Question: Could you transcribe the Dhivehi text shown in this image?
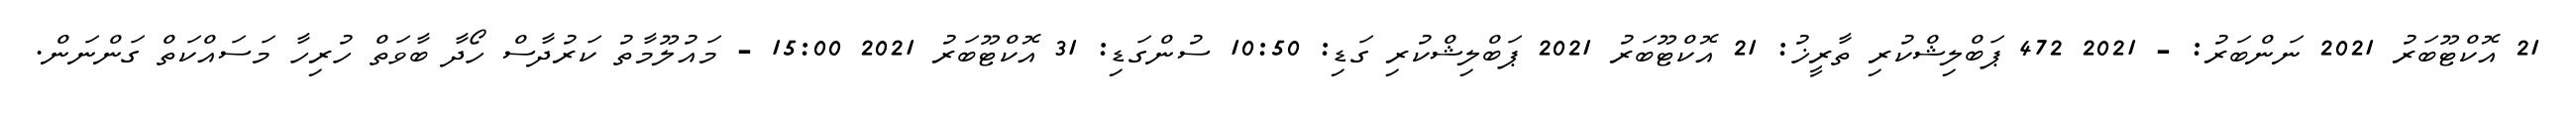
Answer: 21 އޮކްޓޫބަރު 2021 ނަންބަރު: - 2021 472 ޕަބްލިޝްކުރި ތާރީޚު: 21 އޮކްޓޫބަރު 2021 ޕަބްލިޝްކުރި ގަޑި: 10:50 ސުންގަޑި: 31 އޮކްޓޫބަރު 2021 15:00 - މައުލޫމާތު ކަރުދާސް ހޯދާ ބާވަތް ހުރިހާ މަސައްކަތް ގަންނަން.